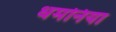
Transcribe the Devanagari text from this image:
धमनिया